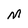
Character: M